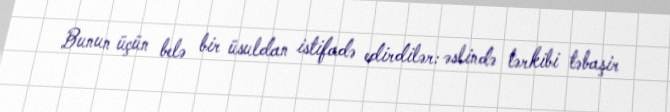
Bunun üçün belə bir üsuldan istifadə edirdilər: əslində tərkibi təbaşir